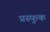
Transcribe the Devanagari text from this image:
प्रस्फुक